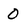
Character: 0